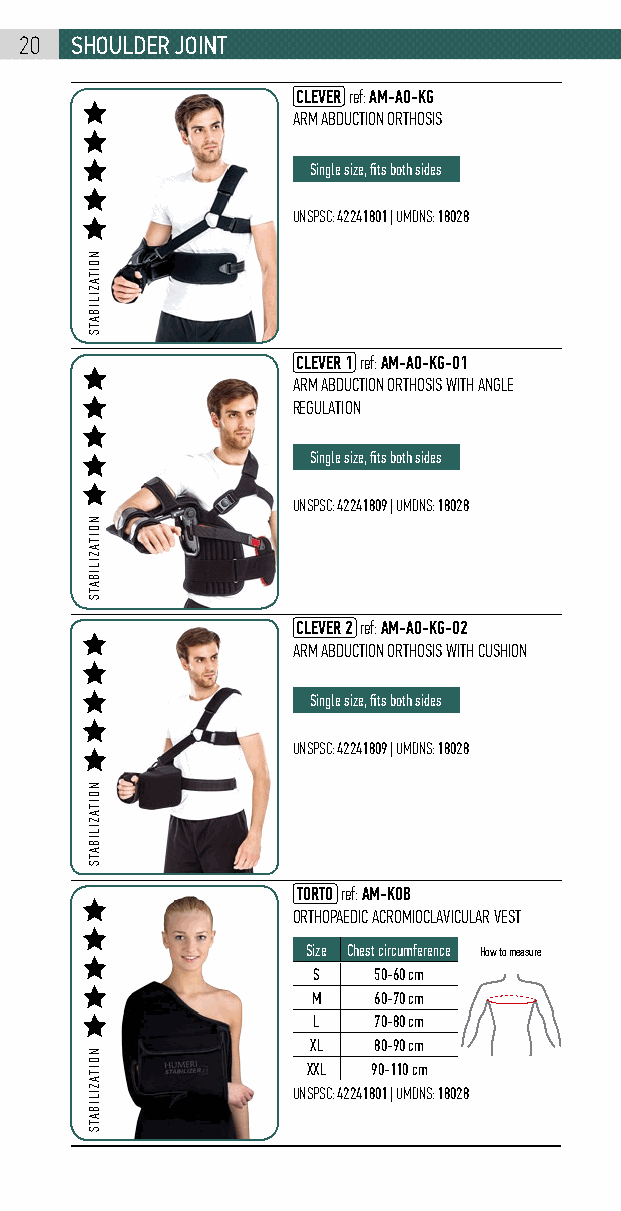
20  shouldEr joint
 CLEVER ref: AM-AO-KG
 ARM ABDUCTION ORTHOSIS
 Single size, fits both sides
 UNSPSC: 42241801 | UMDNS: 18028
 CLEVER 1 ref: AM-AO-KG-01
 ARM ABDUCTION ORTHOSIS WITH ANGLE
 REGULATION
 Single size, fits both sides
 UNSPSC: 42241809 | UMDNS: 18028
 CLEVER 2 ref: AM-AO-KG-02
 ARM ABDUCTION ORTHOSIS WITH CUSHION
 Single size, fits both sides
 UNSPSC: 42241809 | UMDNS: 18028
 TORTO ref: AM-KOB
 ORTHOPAEDIC ACROMIOCLAVICULAR VEST
 Size Chest circumference How to measure
 S   50-60 cm
 M   60-70 cm
 L   70-80 cm
 XL  80-90 cm
 XXL  90-110 cm
 UNSPSC: 42241801 | UMDNS: 18028
 NOITAZILIBATS
 NOITAZILIBATS
 NOITAZILIBATS
 NOITAZILIBATS